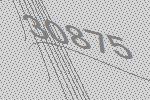
30875